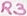
Text: R3